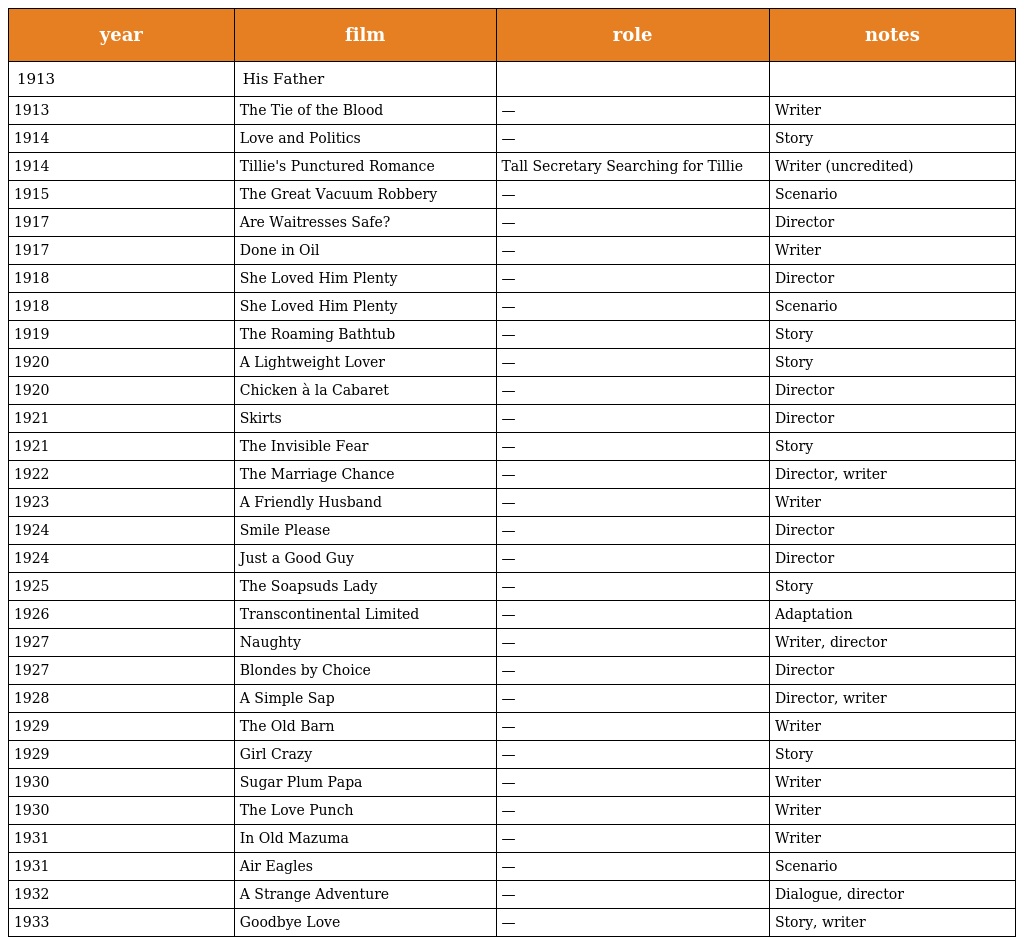
| year | film | role | notes |
 | --- | --- | --- | --- |
 | 1913 | His Father |  |  |
 | 1913 | The Tie of the Blood | — | Writer |
 | 1914 | Love and Politics | — | Story |
 | 1914 | Tillie's Punctured Romance | Tall Secretary Searching for Tillie | Writer (uncredited) |
 | 1915 | The Great Vacuum Robbery | — | Scenario |
 | 1917 | Are Waitresses Safe? | — | Director |
 | 1917 | Done in Oil | — | Writer |
 | 1918 | She Loved Him Plenty | — | Director |
 | 1918 | She Loved Him Plenty | — | Scenario |
 | 1919 | The Roaming Bathtub | — | Story |
 | 1920 | A Lightweight Lover | — | Story |
 | 1920 | Chicken à la Cabaret | — | Director |
 | 1921 | Skirts | — | Director |
 | 1921 | The Invisible Fear | — | Story |
 | 1922 | The Marriage Chance | — | Director, writer |
 | 1923 | A Friendly Husband | — | Writer |
 | 1924 | Smile Please | — | Director |
 | 1924 | Just a Good Guy | — | Director |
 | 1925 | The Soapsuds Lady | — | Story |
 | 1926 | Transcontinental Limited | — | Adaptation |
 | 1927 | Naughty | — | Writer, director |
 | 1927 | Blondes by Choice | — | Director |
 | 1928 | A Simple Sap | — | Director, writer |
 | 1929 | The Old Barn | — | Writer |
 | 1929 | Girl Crazy | — | Story |
 | 1930 | Sugar Plum Papa | — | Writer |
 | 1930 | The Love Punch | — | Writer |
 | 1931 | In Old Mazuma | — | Writer |
 | 1931 | Air Eagles | — | Scenario |
 | 1932 | A Strange Adventure | — | Dialogue, director |
 | 1933 | Goodbye Love | — | Story, writer |